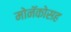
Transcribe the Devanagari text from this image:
मोनॅकोसह